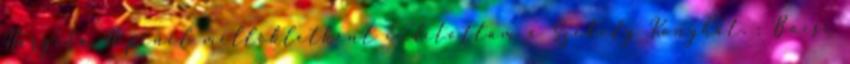
Hargita Népénél mellékletként indítottam a Székely Konyhát. : Bocsi